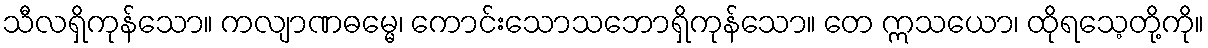
သီလရှိကုန်သော။ ကလျာဏဓမ္မေ၊ ကောင်းသောသဘောရှိကုန်သော။ တေ ဣသယော၊ ထိုရသေ့တို့ကို။